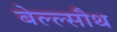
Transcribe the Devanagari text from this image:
बेल्ल्सौथ